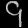
Digit: ၄